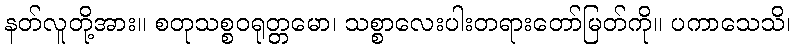
နတ်လူတို့အား။ စတုသစ္စဝရုတ္တမော၊ သစ္စာလေးပါးတရားတော်မြတ်ကို။ ပကာသေသိ၊